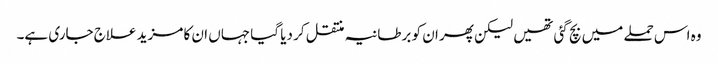
وہ اس حملے میں بچ گئی تھیں لیکن پھر ان کو برطانیہ منتقل کر دیا گیا جہاں ان کا مزید علاج جاری ہے۔